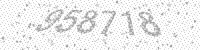
Solution: 958718